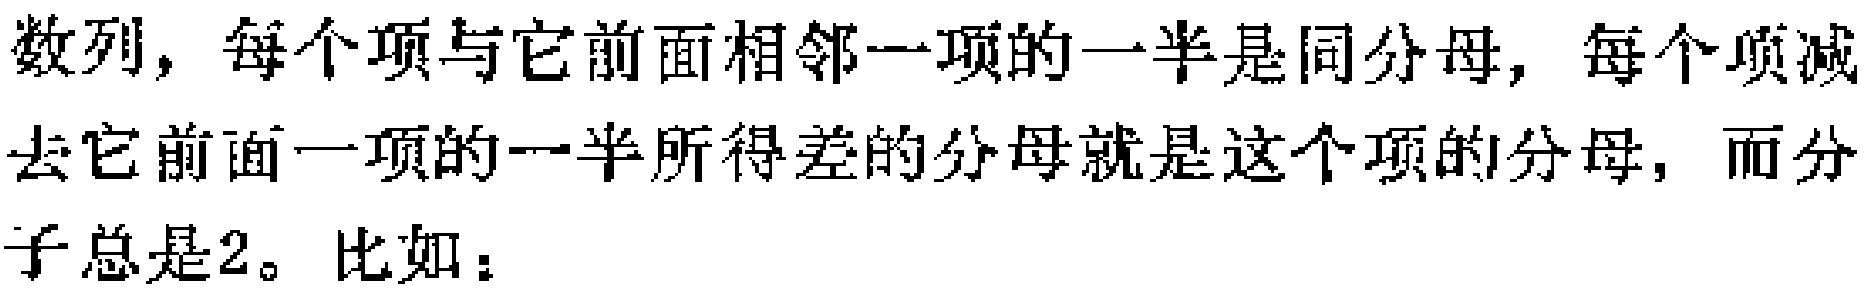
数列，每个项与它前面相邻一项的一半是同分母，每个项减去它前面一项的一半所得差的分母就是这个项的分母，而分子总是2。比如：